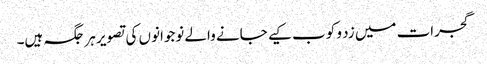
گجرات میں زد و کوب کیے جانے والے نوجوانوں کی تصویر ہر جگہ ہیں۔